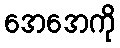
အေအေကို